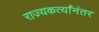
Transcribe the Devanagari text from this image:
राज्यकर्त्यांनंतर